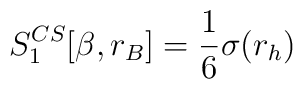
S_1^{CS}[\beta,r_B]=\frac 16 \sigma(r_h)~~~